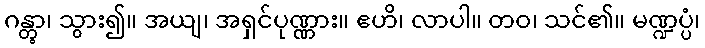
ဂန္တွာ၊ သွား၍။ အယျ၊ အရှင်ပုဏ္ဏား။ ဧဟိ၊ လာပါ။ တဝ၊ သင်၏။ မဏ္ဍပ္ပံ၊